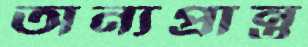
অন্যপ্রান্ত